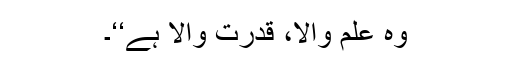
وہ علم والا، قدرت والا ہے‘‘۔